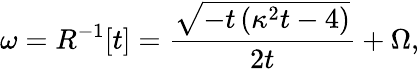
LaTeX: \omega=R^{-1}[t]=\frac{\sqrt{-t\left(\kappa^{2}t-4\right)}}{2t}+\Omega,